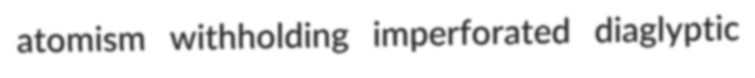
atomism withholding imperforated diaglyptic